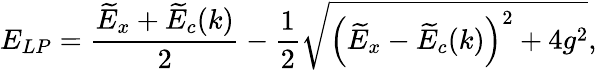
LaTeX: E_{LP}=\frac{\widetilde{E}_{x}+\widetilde{E}_{c}(k)}{2}-\frac{1}{2}\sqrt{\left(\widetilde{E}_{x}-\widetilde{E}_{c}(k)\right)^{2}+4g^{2}},